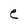
Character: e